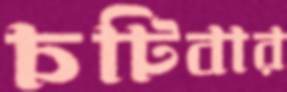
চটিবার